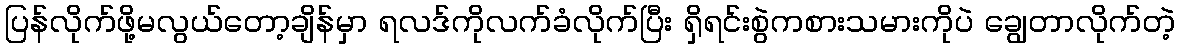
ပြန်လိုက်ဖို့မလွယ်တော့ချိန်မှာ ရလဒ်ကိုလက်ခံလိုက်ပြီး ရှိရင်းစွဲကစားသမားကိုပဲ ချွေတာလိုက်တဲ့